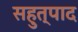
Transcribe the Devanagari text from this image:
सहुत्पाद